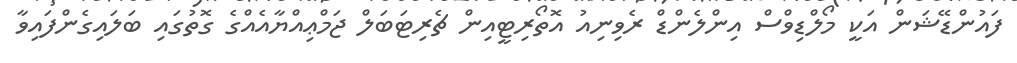
ފައުންޑޭޝަން އަކީ މޯލްޑިވްސް އިންލެންޑް ރެވިނިއު އޮތޯރިޓީއިން ޗެރިޓަބަލް ޖަމްޢިއްޔާއެއްގެ ގޮތުގައި ބަލައިގެންފައިވާ